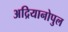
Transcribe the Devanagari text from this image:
अद्रियानोपुल